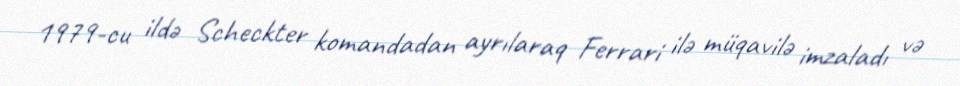
1979-cu ildə Scheckter komandadan ayrılaraq Ferrari ilə müqavilə imzaladı və